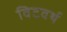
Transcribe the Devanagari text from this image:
विटवर्थ